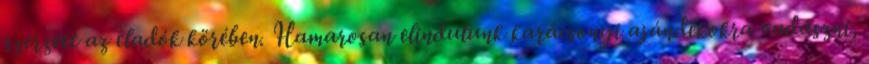
szerzett az eladók körében. Hamarosan elindulunk karácsonyi ajándékokra vadászni,